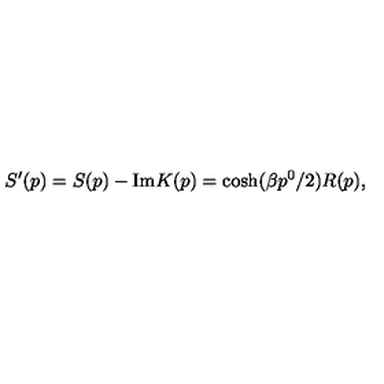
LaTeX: S ^ { \prime } ( p ) = S ( p ) - \mathrm { I m } K ( p ) = \cosh ( \beta p ^ { 0 } / 2 ) R ( p ) ,